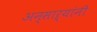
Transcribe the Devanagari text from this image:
अन्साऱ्यांनी